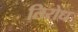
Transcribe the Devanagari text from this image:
तिरोध